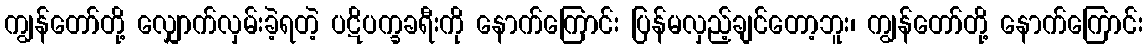
ကျွန်တော်တို့ လျှောက်လှမ်းခဲ့ရတဲ့ ပဋိပက္ခခရီးကို နောက်ကြောင်း ပြန်မလှည့်ချင်တော့ဘူး၊ ကျွန်တော်တို့ နောက်ကြောင်း